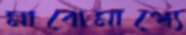
মাঝেমাধ্যে